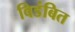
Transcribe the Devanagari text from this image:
विडंबित